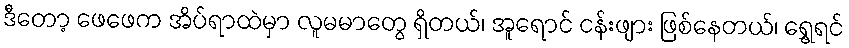
ဒီတော့ ဖေဖေက အိပ်ရာထဲမှာ လူမမာတွေ ရှိတယ်၊ အူရောင် ငန်းဖျား ဖြစ်နေတယ်၊ ရွှေ့ရင်